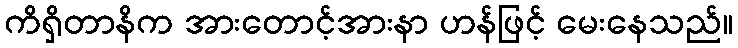
ကိရှိတာနိက အားတောင့်အားနာ ဟန်ဖြင့် မေးနေသည်။